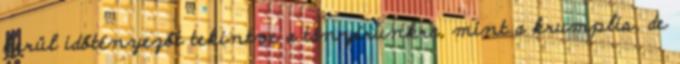
kerül időtényezőt tekintve a tányérunkra, mint a krumplis, de